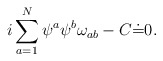
\begin{align*}i\sum_{a=1}^{N}\psi^a\psi^b\omega_{ab} -C\dot{=}0.\end{align*}